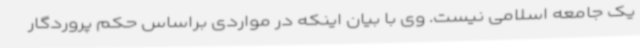
یک جامعه اسلامی نیست. وی با بیان اینکه در مواردی براساس حکم پروردگار